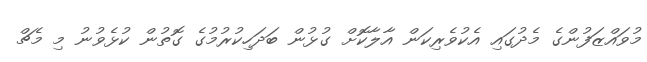
މުވައްޒަފުންގެ މެދުގައި އެކުވެރިކަން އާލާކޮށް ގުޅުން ބަދަހިކުރުމުގެ ގޮތުން ކުޅެވުނު މި މެޗް